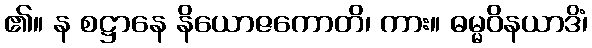
၏။ န စဋ္ဌာနေ နိယောဇကောတိ၊ ကား။ ဓမ္မဝိနယာဒိံ၊